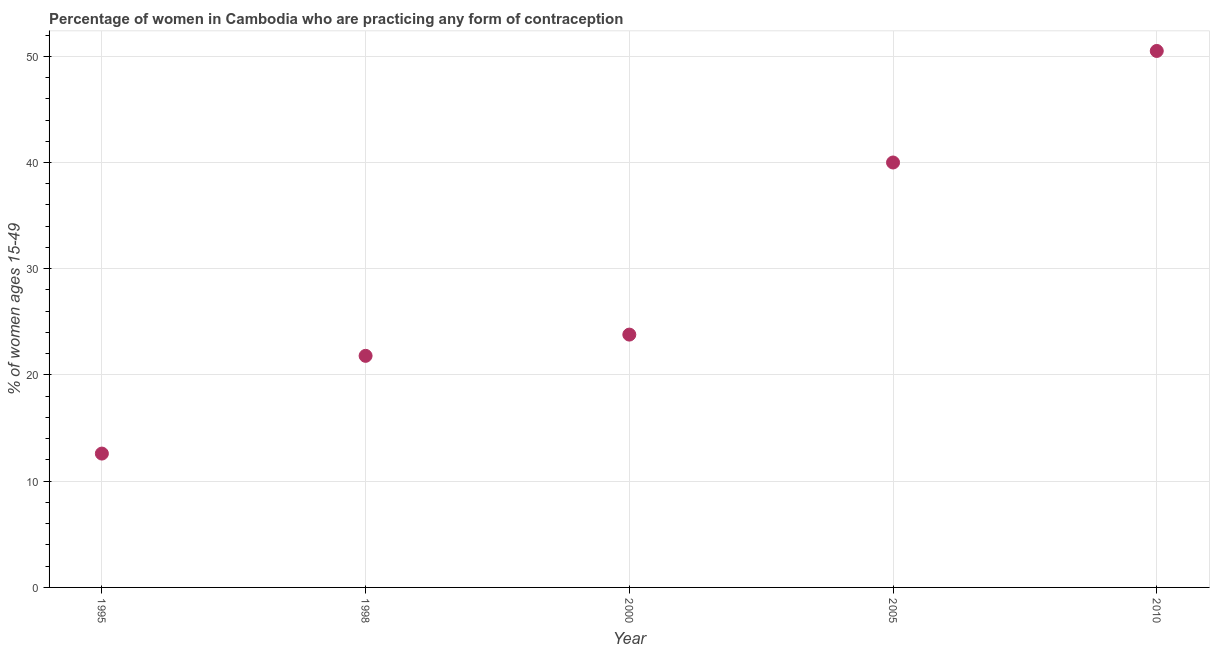
| Year | Contraceptive prevalence |
 | --- | --- |
 | 1995 | 12.6 |
 | 1998 | 21.8 |
 | 2000 | 23.8 |
 | 2005 | 40 |
 | 2010 | 50.5 |